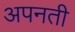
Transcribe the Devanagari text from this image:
अपनती